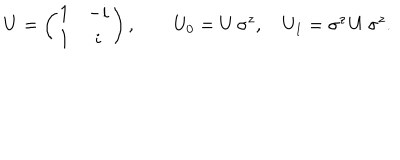
U = \left( \begin{matrix} { { 1 } } & { { - i } } \\ { { 1 } } & { { i } } \\ \end{matrix} \right) , \qquad U _ { 0 } = U \, \sigma ^ { z } , \quad U _ { 1 } = \sigma ^ { z } \, U \, \sigma ^ { z } .